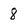
Character: 8